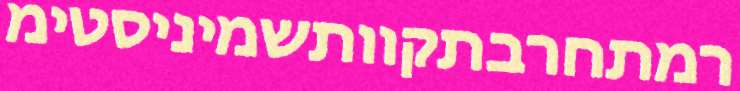
רמתחרבתקוותשמיניסטימ